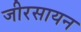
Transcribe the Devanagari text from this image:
जीरसायन